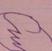
Signature authenticity: forged